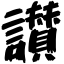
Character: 讃